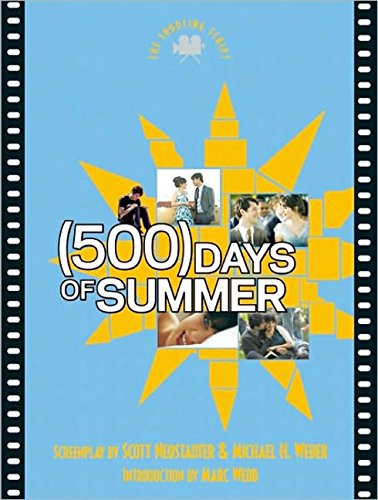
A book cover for (500) Days of Summer: The Shooting Script (Newmarket Shooting Script); Scott Neustadter; Humor & Entertainment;